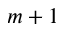
m + 1